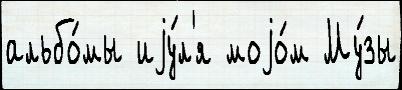
альбо́мы иjу́л'я моjо́м Му́зы